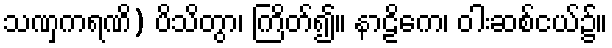
သဏှကရဏိ) ပိသိတွာ၊ ကြိတ်၍။ နာဠိကေ၊ ဝါးဆစ်ငယ်၌။